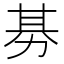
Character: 𭄭